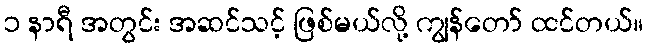
၁ နာရီ အတွင်း အဆင်သင့် ဖြစ်မယ်လို့ ကျွန်တော် ထင်တယ်။